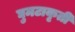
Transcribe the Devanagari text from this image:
घुमटाकृती